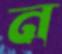
ন